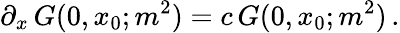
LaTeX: \partial_{x}\, G(0,x_{0};m^{2})=c\, G(0,x_{0};m^{2})\, .